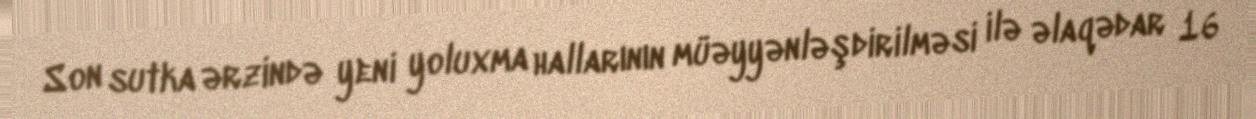
Son sutka ərzində yeni yoluxma hallarının müəyyənləşdirilməsi ilə əlaqədar 16